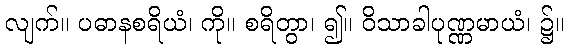
လျက်။ ပဓာနစရိယံ၊ ကို။ စရိတွာ၊ ၍။ ဝိသာခါပုဏ္ဏမာယံ၊ ၌။